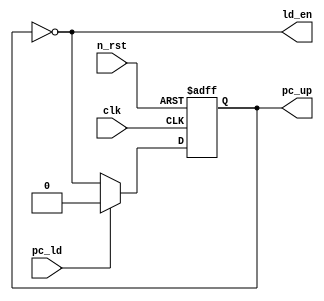
`default_nettype none
module STATE_MACHINE(
    input wire clk,
    input wire n_rst,
    input wire pc_ld,

    output wire ld_en,
    output wire pc_up
);

reg state;
always @(posedge clk, negedge n_rst) begin
    if (~n_rst)
        state <= 1'b0;
    else if (pc_ld)
        state <= 1'b0;
    else
        state <= ~state;
end

assign ld_en = ~state;
assign pc_up = state;
endmodule

`default_nettype none